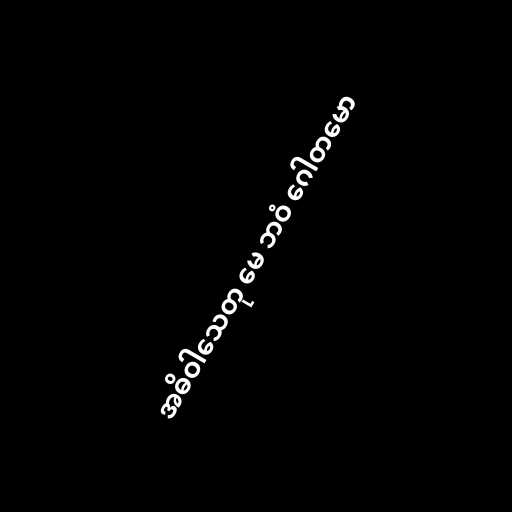
အဓိဝါသေတု မေ ဘဝံ ဂေါတမော